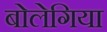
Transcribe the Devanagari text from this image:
बोलेगिया